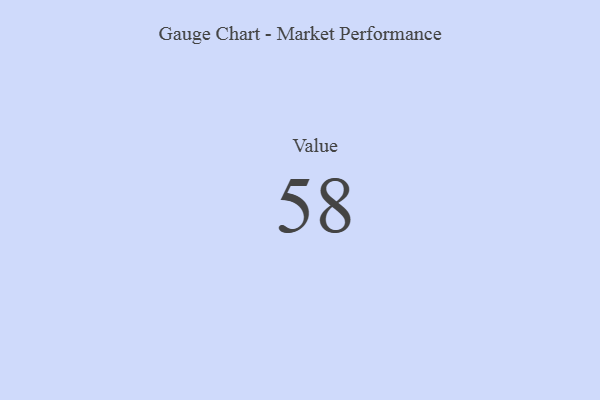
{"axis": {"x": "Metric", "y": "Value"}, "legend": [""], "data": [{"x": "Value", "y": 58, "type": ""}]}